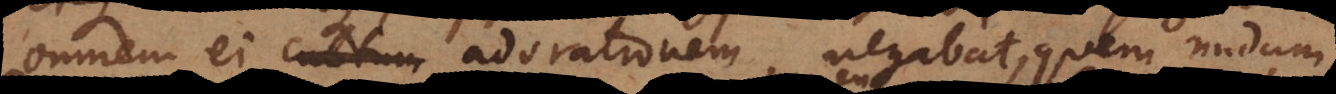
omnem ei adorationem negabat, quem nudum